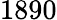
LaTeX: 1890